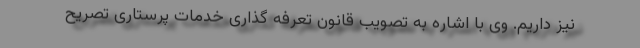
نیز داریم. وی با اشاره به تصویب قانون تعرفه گذاری خدمات پرستاری تصریح